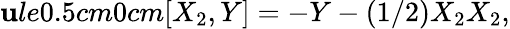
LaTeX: \mathbf{u}le{0.5cm}{0cm}[X_{2},Y]=-Y-(1/2)X_{2}X_{2},